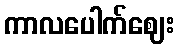
ကာလပေါက်ဈေး